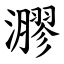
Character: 㶀